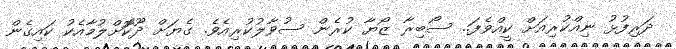
ދަރިފުޅު ނިއްކުރިއަށް ކީއްވެފަ.. ސޯބިރާ ޒޯޔާ ކުރެން ސުވާލުކުރިއެވެ. ގެޔަށް ދޫކޮަށްލުމާއެކު ކައިގެން